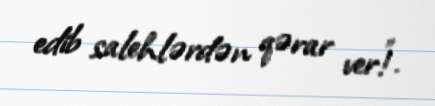
edib salehlərdən qərar ver!”.